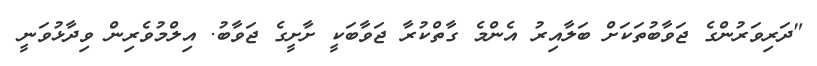
"ދަރިވަރުންގެ ޖަވާބުތަކަށް ބަލާއިރު އެންމެ ގާތްކުރާ ޖަވާބަކީ ށާށީގެ ޖަވާބު. އިލްމުވެރިން ވިދާޅުވަނީ